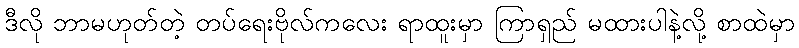
ဒီလို ဘာမဟုတ်တဲ့ တပ်ရေးဗိုလ်ကလေး ရာထူးမှာ ကြာရှည် မထားပါနဲ့လို့ စာထဲမှာ